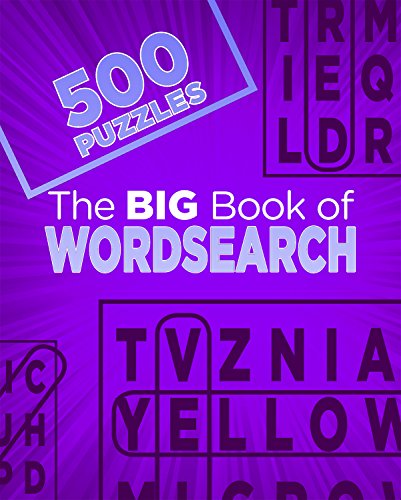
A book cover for The Big Book Of Wordsearchs (500 Puzzles); Parragon Books; Humor & Entertainment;